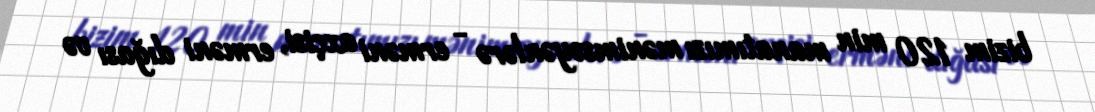
bizim 120 min manatımızı mənimsəyənlərə - erməni axçisi, erməni dığası və